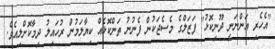
"އެހެރި އަންނަނީ ދޫނިކޮޅު" ފަޒަލްގެ މެސެޖަކުން ފެނުނު ތަންކޮޅެއް ކިޔާލަމުން ރުހައިލު ދިމާކޮށްލިއެވެ.